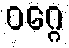
ဝဂ္ဂေ